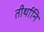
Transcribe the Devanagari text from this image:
तीर्थानि